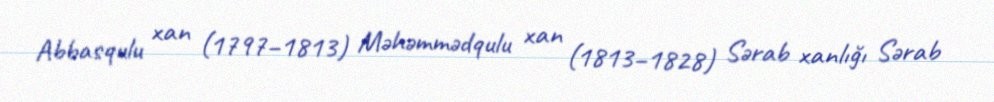
Abbasqulu xan (1797–1813) Məhəmmədqulu xan (1813–1828) Sərab xanlığı Sərab